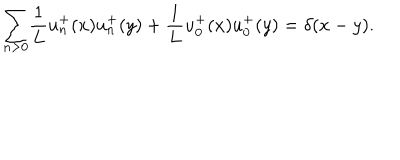
{ \sum _ { n > 0 } } \frac { 1 } { L } u _ { n } ^ { + } ( x ) u _ { n } ^ { + } ( y ) + \frac { 1 } { L } u _ { 0 } ^ { + } ( x ) u _ { 0 } ^ { + } ( y ) = \delta ( x - y ) .